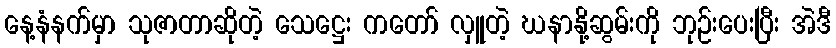
နေ့နံနက်မှာ သုဇာတာဆိုတဲ့ သေဋ္ဌေး ကတော် လှူတဲ့ ဃနာနို့ဆွမ်းကို ဘုဉ်းပေးပြီး အဲဒီ